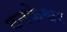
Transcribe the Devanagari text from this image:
दनकेश्वर